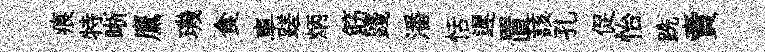
痕特晰鷹璣食車蹉炳筯踐潘恬遲置該孔促怡跣賣